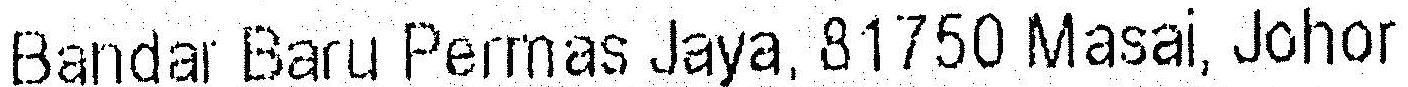
BANDAR BARU PERMAS JAYA, 81750 MASAI, JOHOR